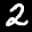
Label: 2